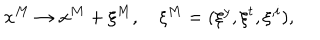
LaTeX: x ^ { M } \to x ^ { M } + \xi ^ { M } , \quad \xi ^ { M } = ( \xi ^ { y } , \xi ^ { t } , \xi ^ { , i } ) ,